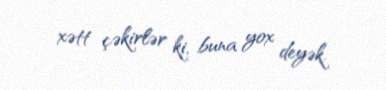
xətt çəkirlər ki, buna yox deyək.